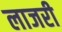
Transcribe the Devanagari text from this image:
लाजरी